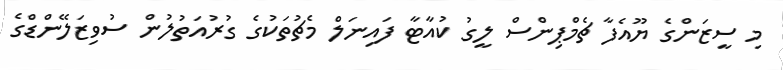
މި ސީޒަންގެ ޔޫއެފާ ޗެމްޕިންސް ލީގު ކުއާޓާ ފައިނަލް މެޗުތަކުގެ ގުރުއަތުލުން ސުވިޒަލޭންޑްގެ